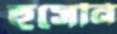
হুসেনি